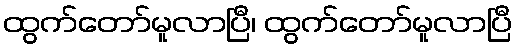
ထွက်တော်မူလာပြီ၊ ထွက်တော်မူလာပြီ